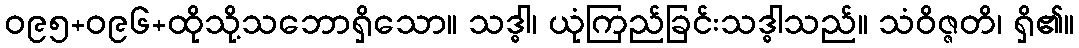
ဝ၉၅+ဝ၉၆+ထိုသို့သဘောရှိသော။ သဒ္ဓါ၊ ယုံကြည်ခြင်းသဒ္ဓါသည်။ သံဝိဇ္ဇတိ၊ ရှိ၏။